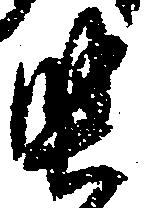
堅